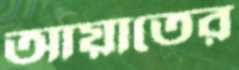
আয়াতের